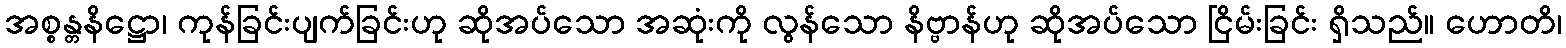
အစ္စန္တနိဋ္ဌော၊ ကုန်ခြင်းပျက်ခြင်းဟု ဆိုအပ်သော အဆုံးကို လွန်သော နိဗ္ဗာန်ဟု ဆိုအပ်သော ငြိမ်းခြင်း ရှိသည်။ ဟောတိ၊